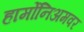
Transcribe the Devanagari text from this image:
हार्मोनिअमवर